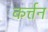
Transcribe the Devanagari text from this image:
कर्त्तन